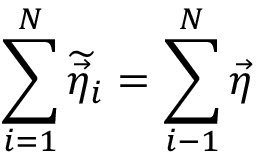
\sum _ { i = 1 } ^ { N } \widetilde { \vec { \eta } _ { i } } = \sum _ { i - 1 } ^ { N } \vec { \eta }